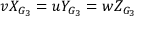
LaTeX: v X _ { G _ { 3 } } = u Y _ { G _ { 3 } } = w Z _ { G _ { 3 } }